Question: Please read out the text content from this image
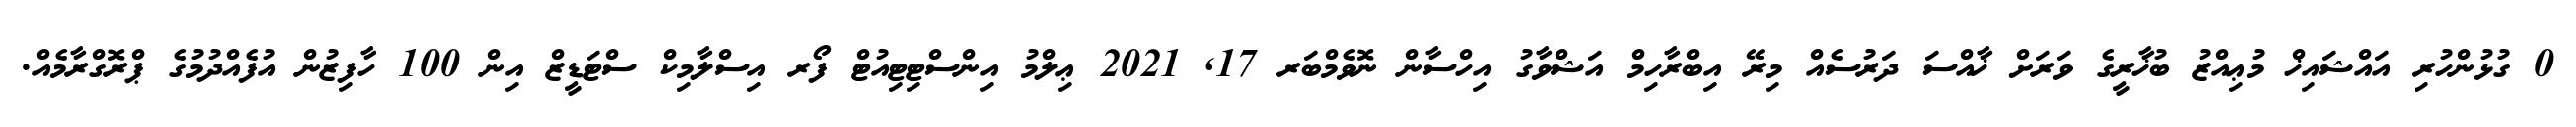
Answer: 0 ގުޅުންހުރި އައްޝައިޚް މުޢިއްޒު ބުޚާރީގެ ވަރަށް ޚާއްސަ ދަރުސެއް މިރޭ އިބްރާހިމް އަޝްވާގު އިހްސާން ނޮވެމްބަރ 17, 2021 ޢިލްމު އިންސްޓިޓިއުޓް ފޯރ އިސްލާމިކް ސްޓަޑީޒް އިން 100 ހާފިޒުން އުފެއްދުމުގެ ޕްރޮގްރާމެއް.